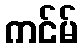
ကင်မ်